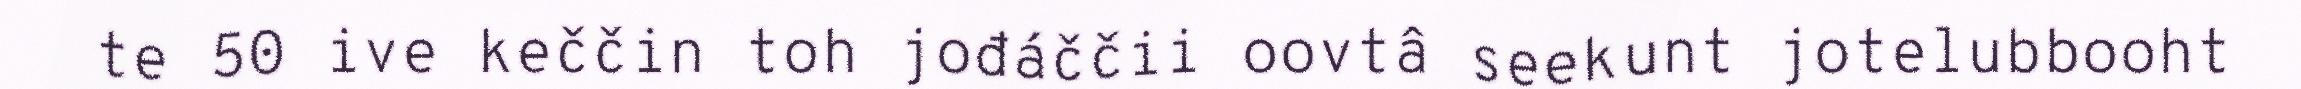
te 50 ive keččin toh jođáččii oovtâ seekunt jotelubbooht